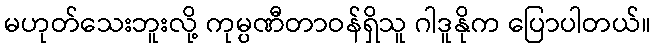
မဟုတ်သေးဘူးလို့ ကုမ္ပဏီတာဝန်ရှိသူ ဂါဒူနိုက ပြောပါတယ်။